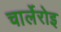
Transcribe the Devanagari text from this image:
चार्लेरोइ